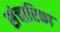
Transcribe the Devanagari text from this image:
संचारिका